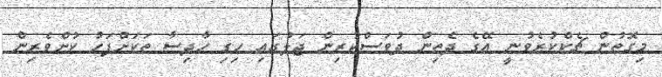
މިގޮތުން ޗެކްކުރެވުނީ އޭގެ ދެތިން ދުވަސްކުރިން ޖަލުގައި ހިގި ހާދިސާ ތަކަށްފަހު ކުށްވެރިން